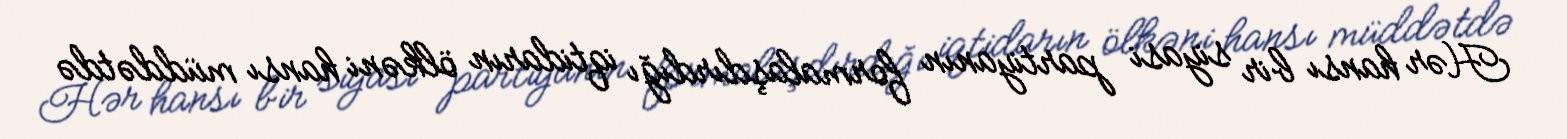
Hər hansı bir siyasi partiyanın formalaşdırdığı iqtidarın ölkəni hansı müddətdə